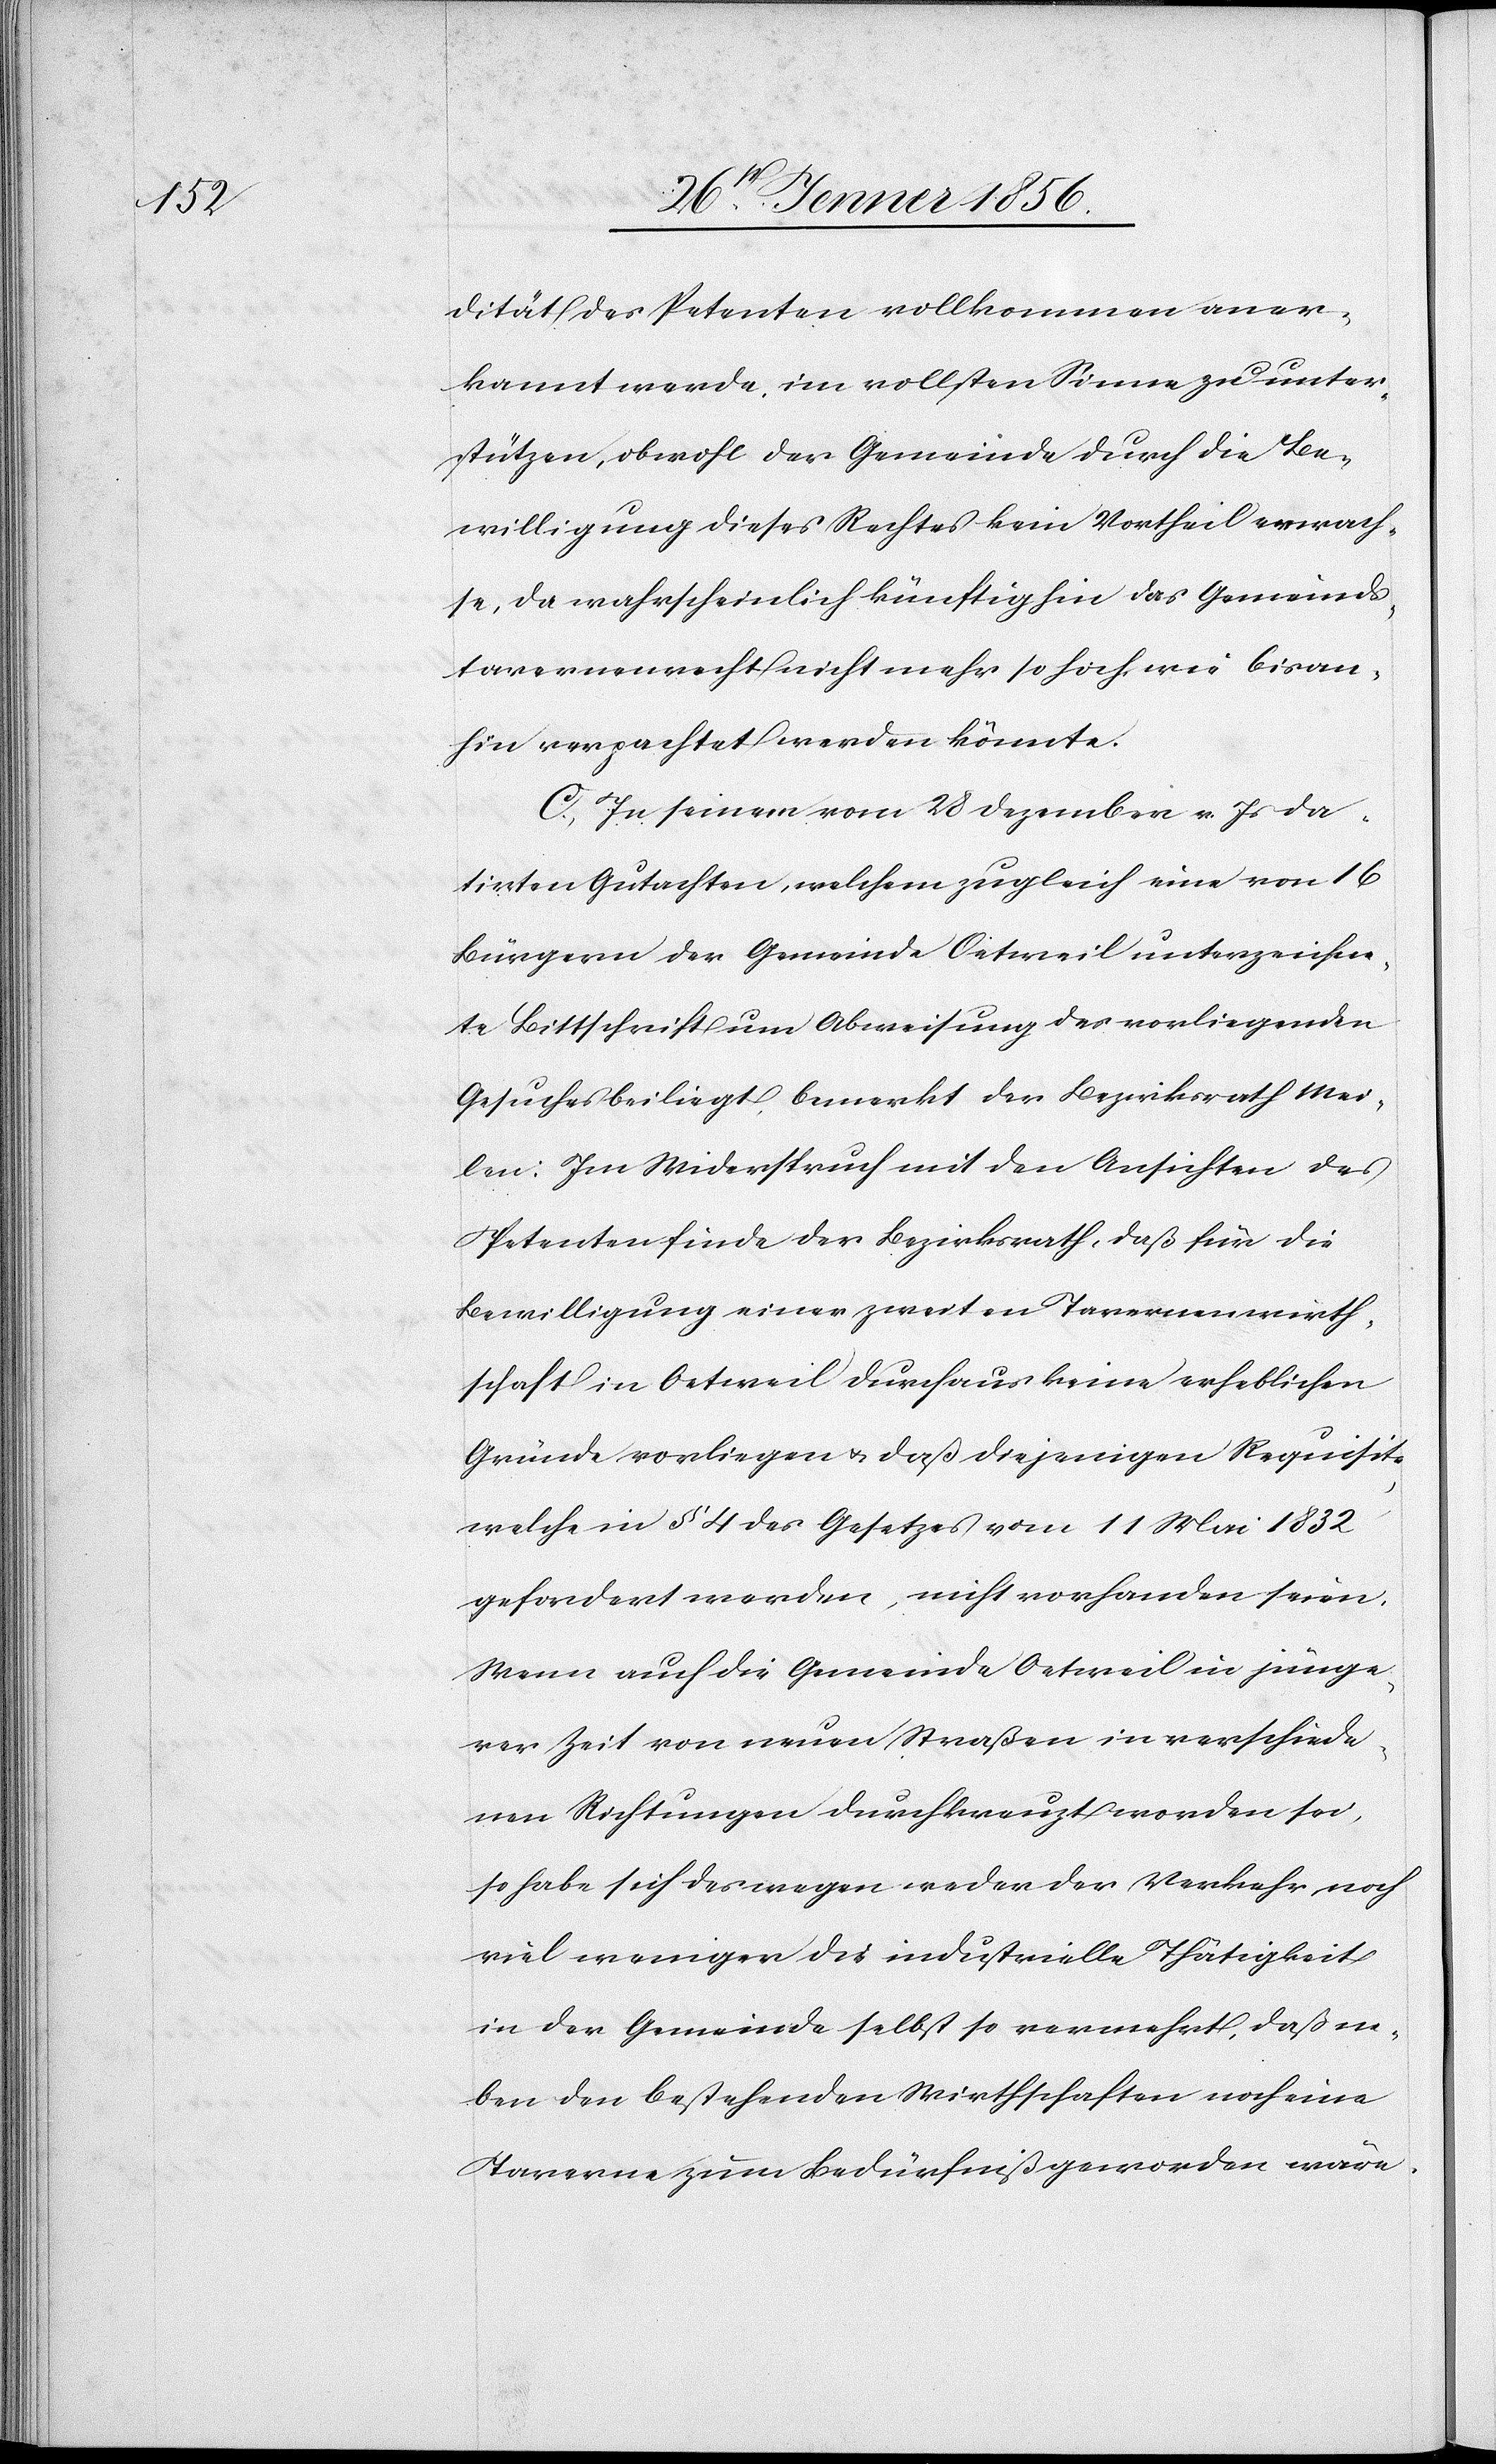
dität des Petenten vollkommen aner¬
kannt werde, im vollsten Sinne zu unter¬
stützen, obwohl der Gemeinde durch die Be¬
willigung dieses Rechtes kein Vortheil erwach¬
se, da wahrscheinlich künftig hin das Gemeinds¬
tavernenrecht nicht mehr so hoch wie bisan¬
hin verpachtet werden könnte.
C. In seinem vom 28 Dezember v. Js da¬
tirten Gutachten, welchem zugleich eine von 16
Bürgern der Gemeinde Oetweil unterzeichne¬
te Bittschrift um Abweisung des vorliegenden
Gesuches beiliegt, bemerkt der Bezirksrath Mei¬
len: Im Widerspruch mit den Ansichten des
Petenten finde der Bezirksrath, daß für die
Bewilligung einer zweiten Tavernenwirth¬
schaft in Oetweil durchaus keine erheblichen
Gründe vorliegen u. daß diejenigen Requisite,
welche in § 4 des Gesetzes vom 11 Mai 1832
gefordert werden, nicht vorhanden seien.
Wenn auch die Gemeinde Oetweil in jünge¬
rer Zeit von neuen Straßen in verschiede¬
nen Richtungen durchkreuzt worden sei,
so habe sich deswegen weder der Verkehr noch
viel weniger die industrielle Thätigkeit
in der Gemeinde selbst so vermehrt, daß ne¬
ben den bestehenden Wirthschaften noch eine
Taverne zum Bedürfniß geworden wäre.